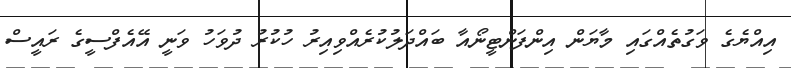
އިއްޔެގެ ވަގުތެއްގައި މާޔަން އިންފަންޓީނޯއާ ބައްދަލުކުރެއްވިއިރު ހުކުރު ދުވަހު ވަނީ އޭއެފްސީގެ ރައީސް